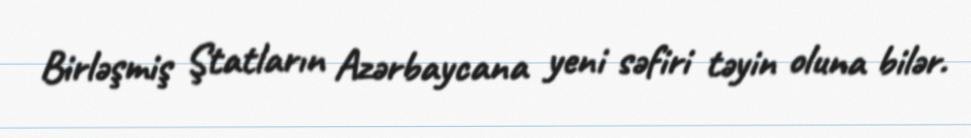
Birləşmiş Ştatların Azərbaycana yeni səfiri təyin oluna bilər.